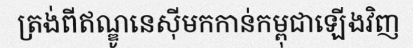
ត្រង់ពីឥណ្ឌូនេស៊ីមកកាន់កម្ពុជាឡើងវិញ